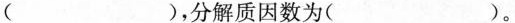
( )，分解质因数为( )。